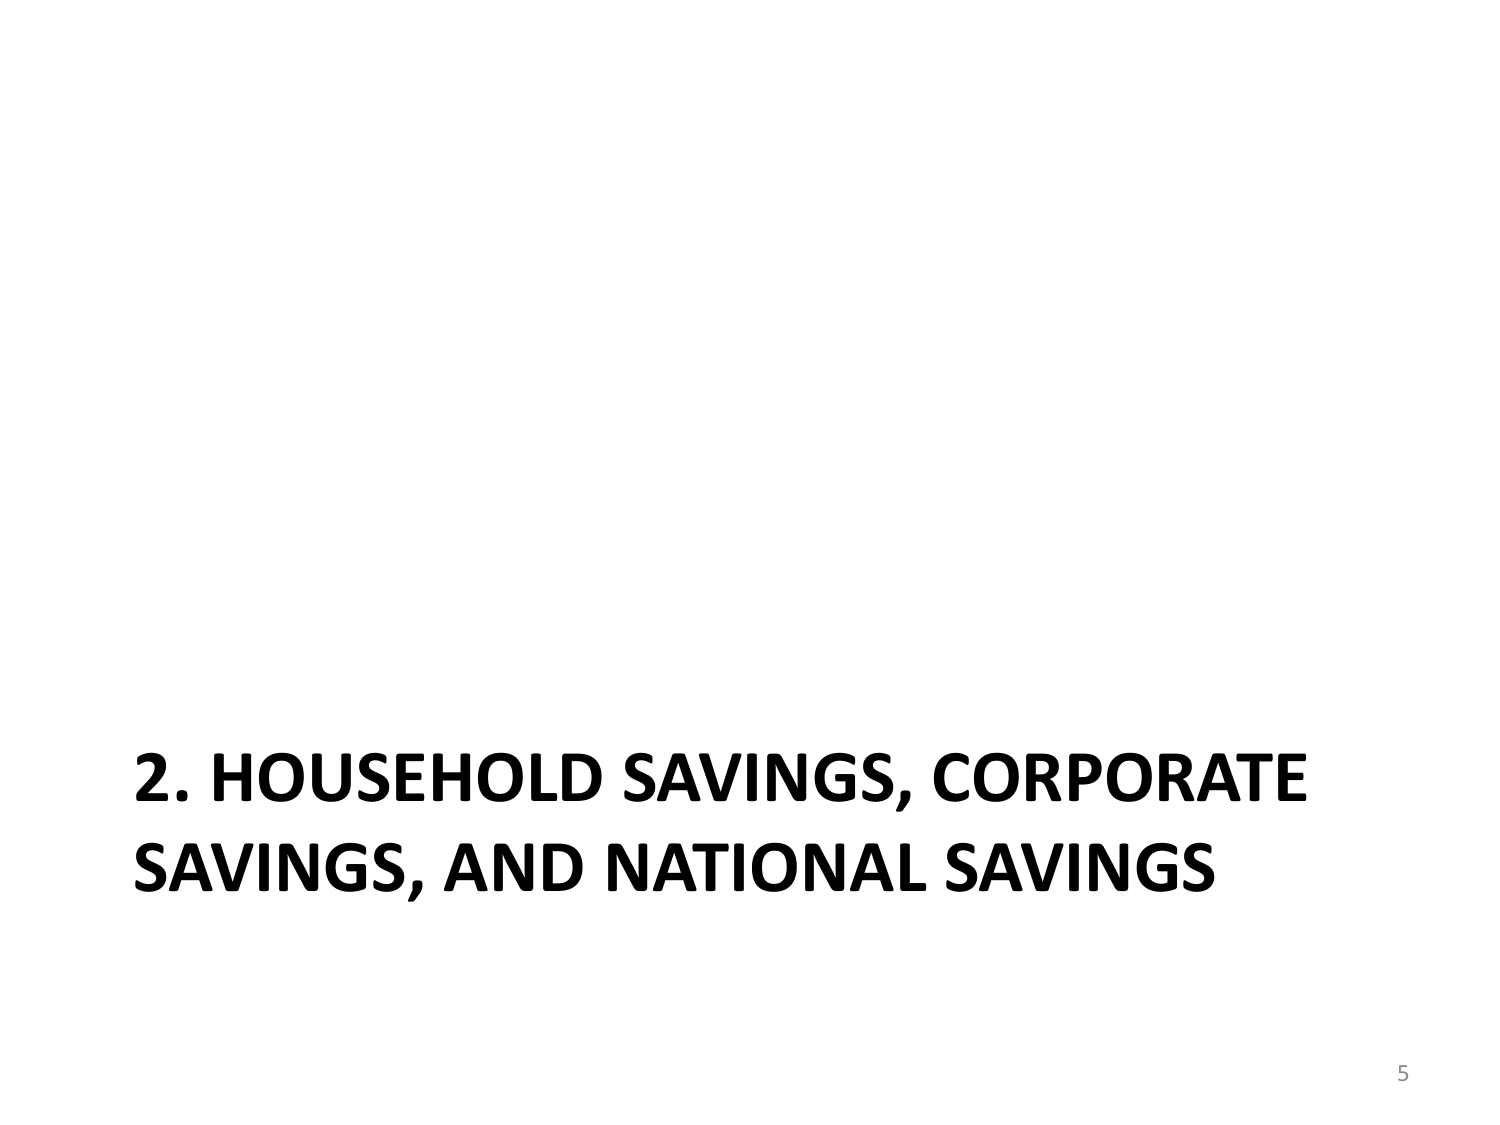
2. HOUSEHOLD SAVINGS, CORPORATE SAVINGS, AND NATIONAL SAVINGS
5